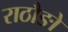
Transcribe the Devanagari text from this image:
राठौङो